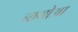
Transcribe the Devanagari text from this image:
नागोआ